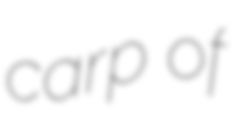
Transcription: carp of